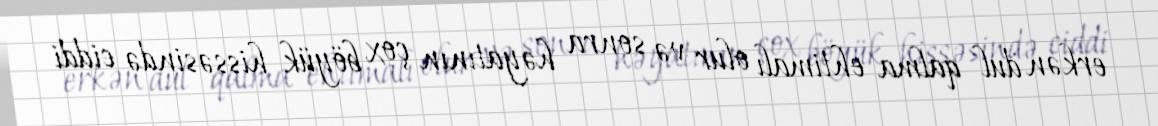
erkən dul qalma ehtimalı olur və sonra həyatının çox böyük hissəsində ciddi